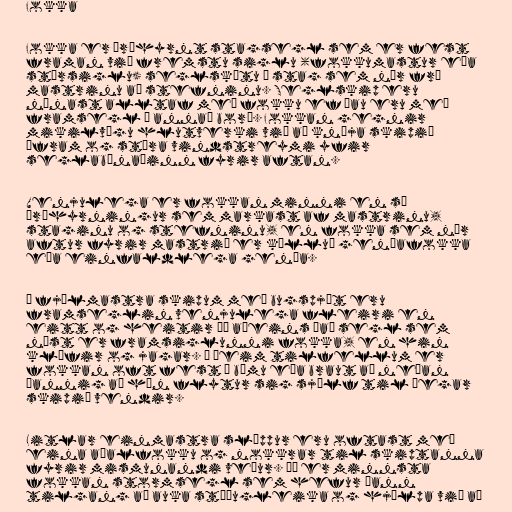
Fokka

Fokka er þríhyrnt stagsegl sem er fest
framan við fremstu siglu (fokkumastur eða
stórsiglu) seglskútu á stag sem nær frá
mastrinu að stefninu. Seglskip eru
nánast alltaf með fokku ef þau eru með
framsegl á annað borð. Fokkan gegnir
mikilvægu hlutverki við að knýja skipið
áfram og stýra vindstreymi yfir
seglabúnaðinn fyrir aftan.

Venjulega er fokkan minni en sá
þríhyrningur sem markast af mastrinu,
staginu og stefninu, en fokka sem nær
aftur fyrir mastrið er kölluð genúafokka
eða einfaldlega genúa.

Á fjölmastra skipum með bugspjót eru
framseglin venjulega fleiri en
eitt og heitir þá aðeins það segl sem
næst er framsiglunni fokka, en hin
klýfir og jagar. Í þeim tilfellum er
fokkan oft fest á bómu eða braut að neðan
þannig að hún flytur sig sjálf til þegar
skipið vendir.

Litlar einmastra slúppur eru oftast með
eina aðalfokku og nokkrar til skiptanna
fyrir mismunandi veður. Þá er minnsta
fokkan stormsegl sem hefur þann
tilgang að auka stöðugleika og hjálpa við að